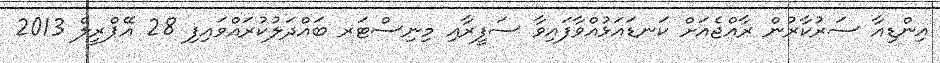
އިންޑިއާ ސަރުކާރުން ރާއްޖެއަށް ކަނޑައަޅުއްވާފައިވާ ސަފީރާއި މިނިސްޓަރ ބައްދަލުކުރައްވައިފި 28 އޭޕްރީލް 2013